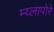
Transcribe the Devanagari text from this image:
म्य्लापोरे